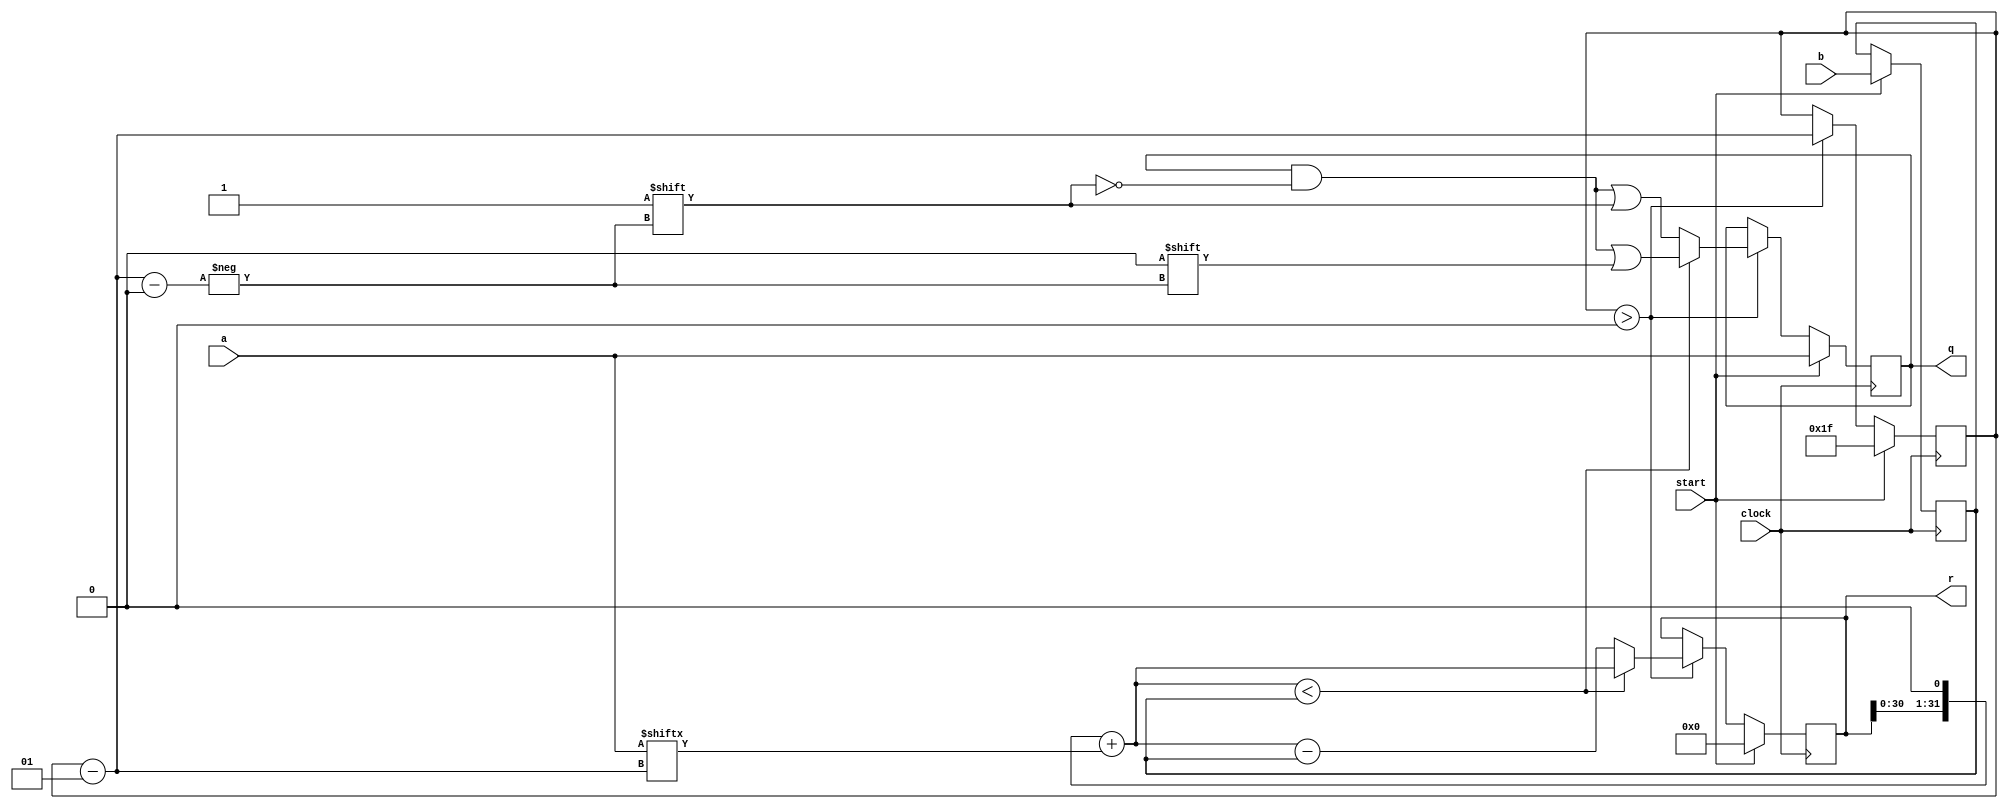
module Division(
	input         clock,
	input         start,
	input  [31:0] a,
	input  [31:0] b,
	output [31:0] q,
	output [31:0] r
);

	reg [31:0] forR, forA, forB;
	integer rStrich, count;

	// TODO Implementierung
	always @(posedge clock)
	begin
		if (start == 1) 
		begin
			//$display("start");
			forR <= 32'b0;
			forB <= b;
			forA <= a;
			count <= 31;
		end
		else begin
			//$display("count: %d, forA: %b, forB: %b, forR: %b", count, forA, forB, forR);
			if (count > 0)
			begin
				count = count - 1;
				rStrich = (r << 1) + a[count];
				if (rStrich < forB) begin
					forA[count] = 0;
					forR = rStrich;
				end else begin
					forA[count] = 1;
					forR = rStrich - forB;
				end
			end
		end
	end
	assign q = forA;
	assign r = forR;
endmodule